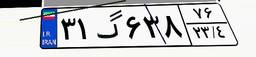
۶۲گ۳۴۷۶۲